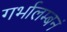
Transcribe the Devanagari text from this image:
गर्भालम्बनं